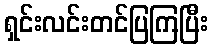
ရှင်းလင်းတင်ပြကြပြီး